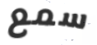
سمع